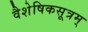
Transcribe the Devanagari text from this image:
वैशेषिकसूत्रम्